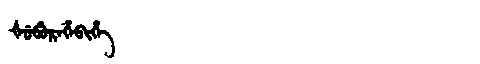
Manchu: ᡧᡠᠪᡠᡵᡝᡥᡝᠪᡳᡥᡝ
Romanization: ŠUBUREHEBIHE